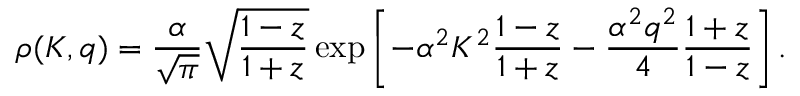
\rho ( K , q ) = \frac { \alpha } { \sqrt { \pi } } \sqrt { \frac { 1 - z } { 1 + z } } \exp \left[ - \alpha ^ { 2 } K ^ { 2 } \frac { 1 - z } { 1 + z } - \frac { \alpha ^ { 2 } q ^ { 2 } } { 4 } \frac { 1 + z } { 1 - z } \right] .